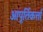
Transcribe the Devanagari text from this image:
आपूर्तिकर्त्ता